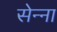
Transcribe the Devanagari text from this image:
सेन्‍ना